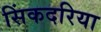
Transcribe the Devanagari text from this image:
सिंकदरिया